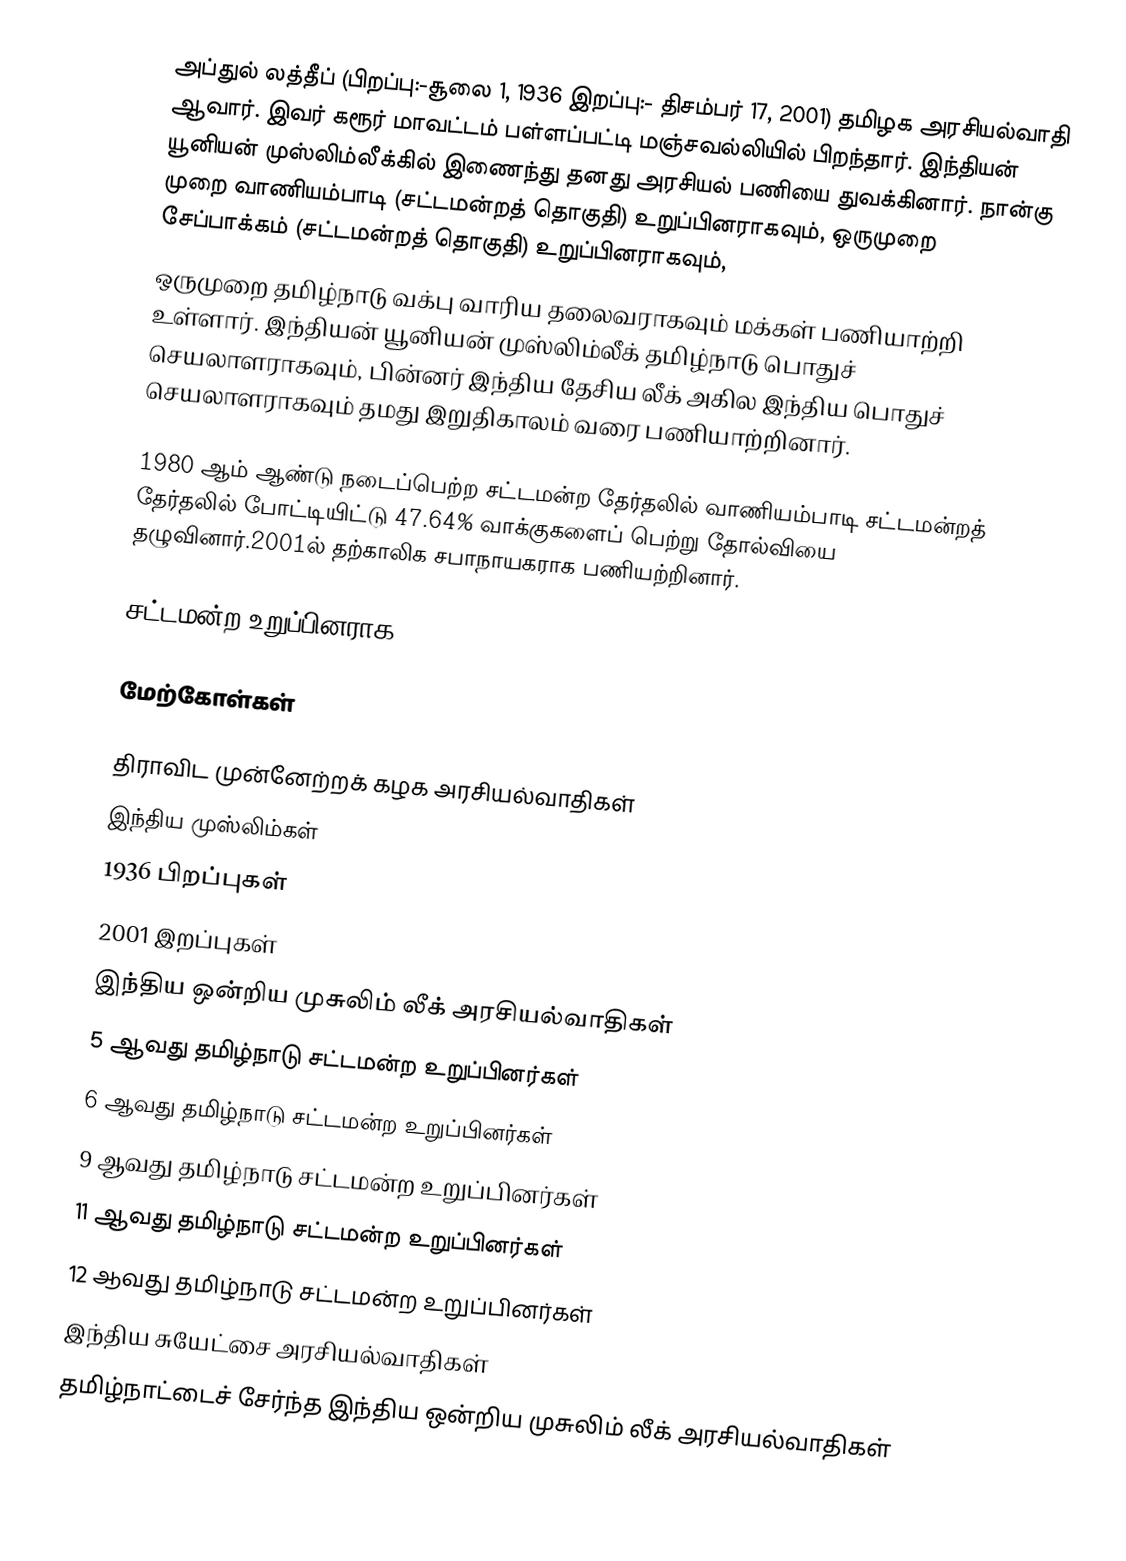
அப்துல் லத்தீப் (பிறப்பு:-சூலை 1, 1936 இறப்பு:- திசம்பர் 17, 2001) தமிழக அரசியல்வாதி ஆவார். இவர் கரூர் மாவட்டம் பள்ளப்பட்டி மஞ்சவல்லியில் பிறந்தார். இந்தியன் யூனியன் முஸ்லிம்லீக்கில் இணைந்து தனது அரசியல் பணியை துவக்கினார். நான்கு முறை வாணியம்பாடி (சட்டமன்றத் தொகுதி) உறுப்பினராகவும், ஒருமுறை சேப்பாக்கம் (சட்டமன்றத் தொகுதி) உறுப்பினராகவும்,
ஒருமுறை தமிழ்நாடு வக்பு வாரிய தலைவராகவும் மக்கள் பணியாற்றி உள்ளார். இந்தியன் யூனியன் முஸ்லிம்லீக் தமிழ்நாடு பொதுச் செயலாளராகவும், பின்னர் இந்திய தேசிய லீக் அகில இந்திய பொதுச் செயலாளராகவும் தமது இறுதிகாலம் வரை பணியாற்றினார்.

1980 ஆம் ஆண்டு நடைப்பெற்ற சட்டமன்ற தேர்தலில் வாணியம்பாடி சட்டமன்றத் தேர்தலில் போட்டியிட்டு 47.64% வாக்குகளைப் பெற்று தோல்வியை தழுவினார்.2001ல் தற்காலிக சபாநாயகராக பணியற்றினார்.

சட்டமன்ற உறுப்பினராக

மேற்கோள்கள்

திராவிட முன்னேற்றக் கழக அரசியல்வாதிகள்
இந்திய முஸ்லிம்கள்
1936 பிறப்புகள்
2001 இறப்புகள்
இந்திய ஒன்றிய முசுலிம் லீக் அரசியல்வாதிகள்
5 ஆவது தமிழ்நாடு சட்டமன்ற உறுப்பினர்கள்
6 ஆவது தமிழ்நாடு சட்டமன்ற உறுப்பினர்கள்
9 ஆவது தமிழ்நாடு சட்டமன்ற உறுப்பினர்கள்
11 ஆவது தமிழ்நாடு சட்டமன்ற உறுப்பினர்கள்
12 ஆவது தமிழ்நாடு சட்டமன்ற உறுப்பினர்கள்
இந்திய சுயேட்சை அரசியல்வாதிகள்
தமிழ்நாட்டைச் சேர்ந்த இந்திய ஒன்றிய முசுலிம் லீக் அரசியல்வாதிகள்